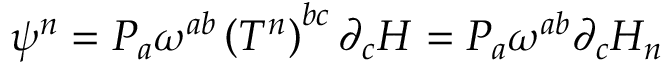
\psi ^ { n } = { \cal { P } } _ { a } \omega ^ { a b } \left( T ^ { n } \right) ^ { b c } \partial _ { c } H = { \cal { P } } _ { a } \omega ^ { a b } \partial _ { c } H _ { n }